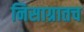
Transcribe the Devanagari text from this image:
निसाग्रातच